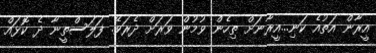
އީރާން އަތުއެ ކަނި...އީރާނަށް ތިހެން ވުމުން ވަރަށް ދެރަވޭ. ފަލަސްތީނާ ދެ ކޮޅައް